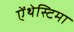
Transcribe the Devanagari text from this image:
ऐंथेस्टिमा